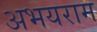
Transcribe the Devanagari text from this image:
अभयराम